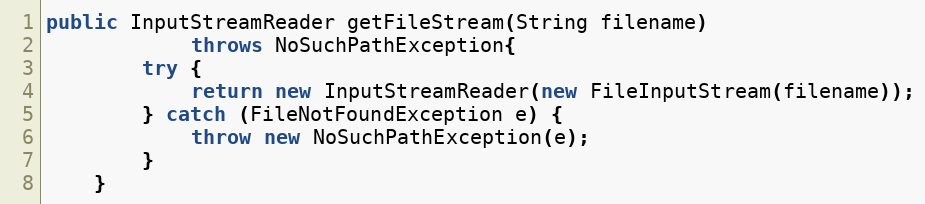
Language: Java
public InputStreamReader getFileStream(String filename)
			throws NoSuchPathException{
		try {
			return new InputStreamReader(new FileInputStream(filename));
		} catch (FileNotFoundException e) {
			throw new NoSuchPathException(e);
		}
	}